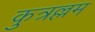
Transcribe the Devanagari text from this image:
कुत्रल्लम